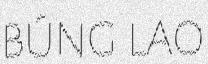
BÚNG LAO